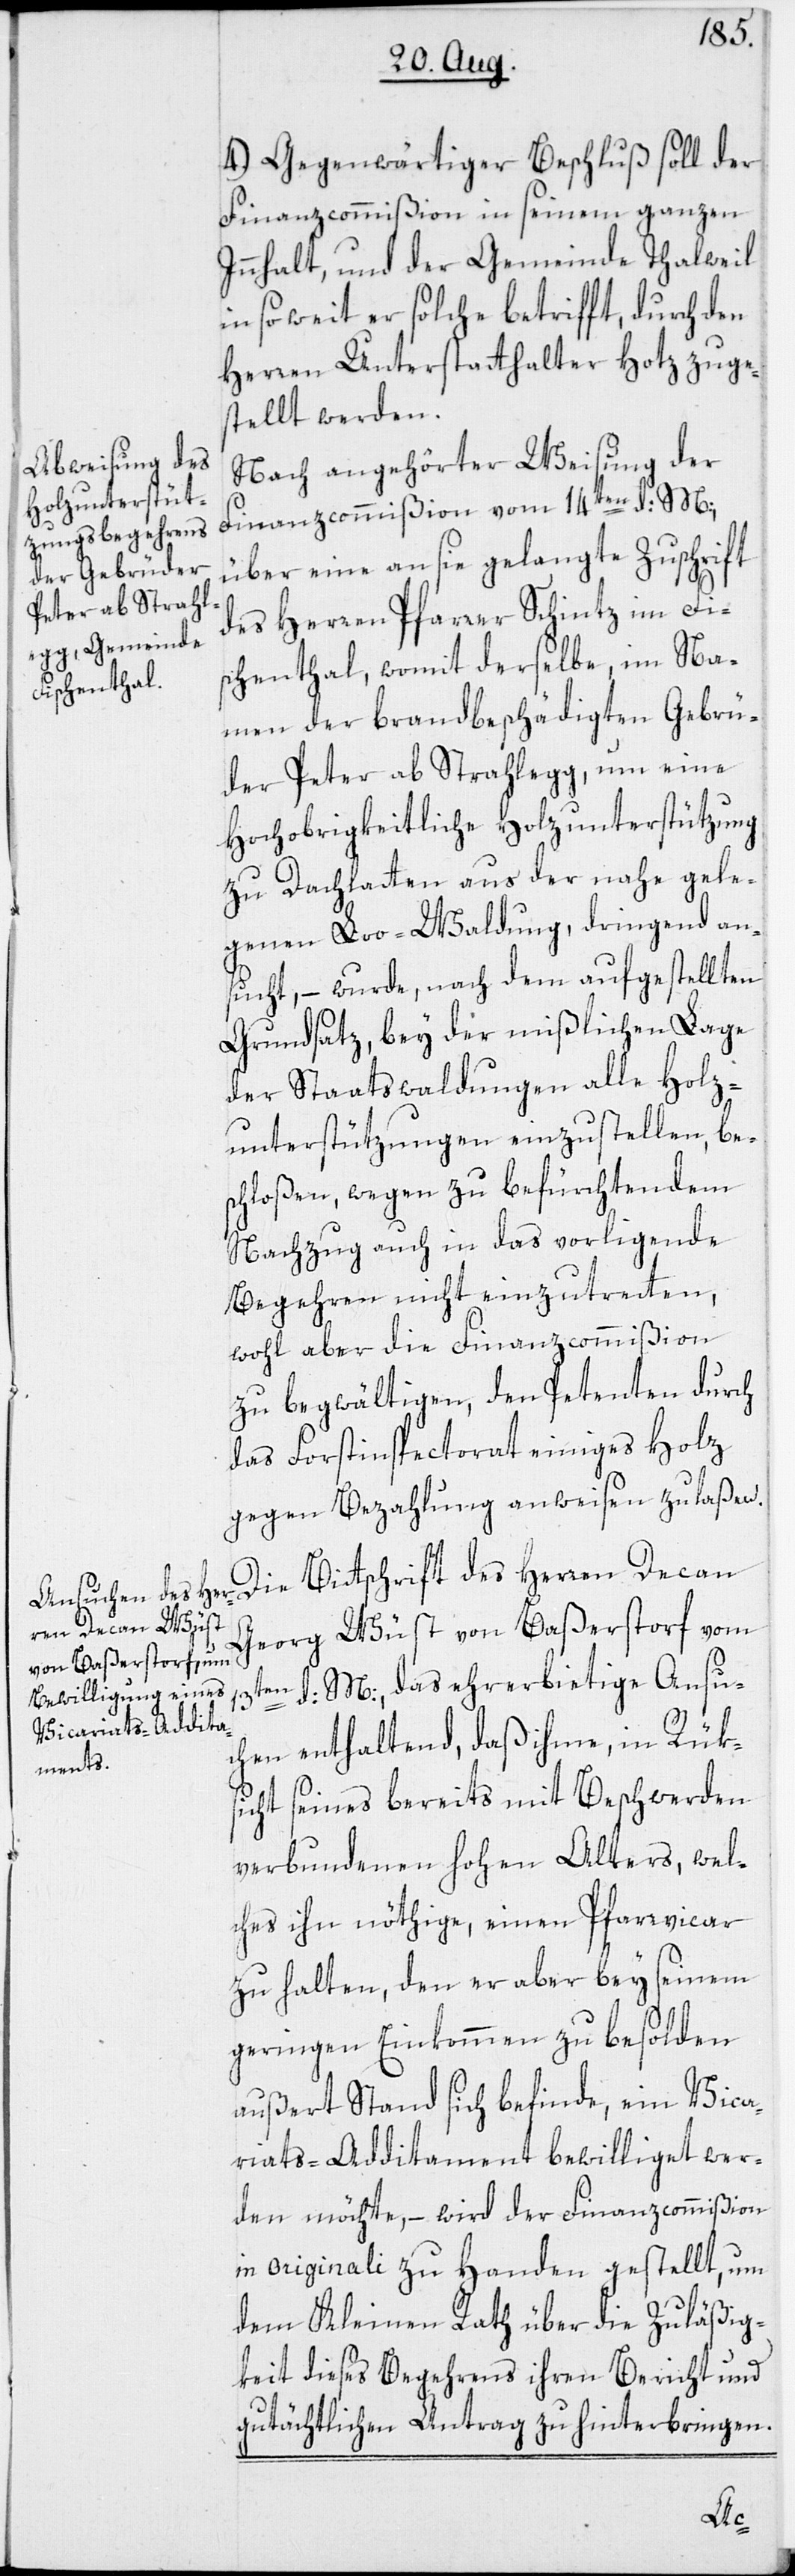
4.) Gegenwärtiger Beschluß soll der
Finanzcommißion in seinem ganzen
Innhalt, und der Gemeinde Thalweil,
in so weit er solche betrifft, durch den
Herren Unterstatthalter Hotz zuge¬
stellt werden.
Nach angehörter Weisung der
Finanzcommißion vom 14ten d: M:,
über eine an sie gelangte Zuschrift
des Herren Pfarrer Schintz im Fi¬
schenthal, womit derselbe, im Na¬
men der brandbeschädigten Gebrü¬
der Peter ab Strahlegg, um eine
Hochobrigkeitliche Holzunterstützung
zu Dachlatten aus der nahe gele¬
genen Loo-Waldung, dringend an¬
sucht, – wurde, nach dem aufgestellten
Grundsatz, bey der mißlichen Lage
der Staatswaldungen alle Holz¬
unterstützungen einzustellen, bes¬
chloßen, wegen zu befürchtendem
Nachzug auch in das vorligende
Begehren nicht einzutretten,
wohl aber die Finanzcommißion
zu begwältigen, den Petenten durch
das Forstinspectorat einiges Holz
gegen Bezahlung anweisen zu laßen.
Die Bittschrift des Herren Decan
Georg Wüst von Baßerstorf vom
13ten d: M:, das ehrerbietige Ansu¬
chen enthaltend, daß ihme, in Rüks¬
icht seines bereits mit Beschwerden
verbundenen hohen Alters, wel¬
ches ihn nöthige, einen Pfarrvicar
zu halten, den er aber bey seinem
geringen Einkommen zu besolden
außert Stand sich befinde, ein Vica¬
riats-Additament bewilliget wer¬
den möchte, – wird der Finanzcommißion
in originali zu Handen gestellt, um
dem Kleinen Rath über die Zuläßig¬
keit dieses Begehrens ihren Bericht und
gutächtlichen Antrag zu hinterbringen.